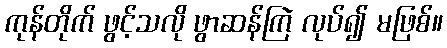
ကုန်တိုက် ဖွင့်သလို ဖွာဆန်ကြဲ လုပ်၍ မဖြစ်။